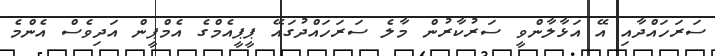
ސަރަހައްދާއި އޭ އަޅާލާންވީ ސަރުކާރުން މާލެ ސަރަހައްދުގައޭ ޕީޕީއެމްގެ އެމްޕީން އަދިވެސް އެންމެ